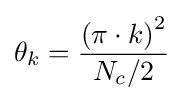
\theta _{k}={{(\pi \cdot k)}^{2} \over N_{c}/2}